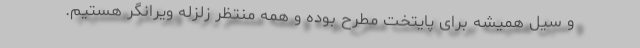
و سیل همیشه برای پایتخت مطرح بوده و همه منتظر زلزله ویرانگر هستیم.